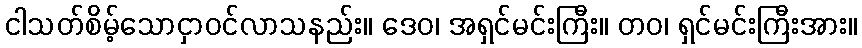
ငါသတ်စိမ့်သောငှာဝင်လာသနည်း။ ဒေဝ၊ အရှင်မင်းကြီး။ တဝ၊ ရှင်မင်းကြီးအား။